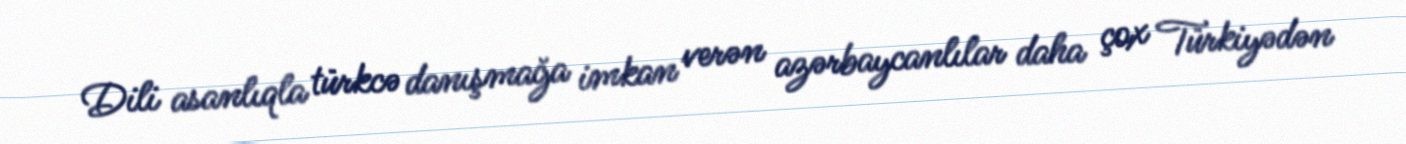
Dili asanlıqla türkcə danışmağa imkan verən azərbaycanlılar daha çox Türkiyədən